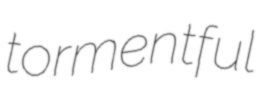
tormentful